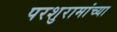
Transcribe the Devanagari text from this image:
परशुरामांच्या